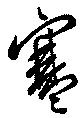
寒